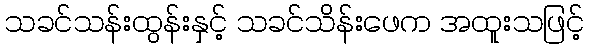
သခင်သန်းထွန်းနှင့် သခင်သိန်းဖေက အထူးသဖြင့်